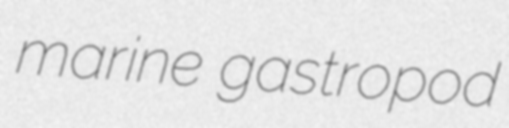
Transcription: marine gastropod